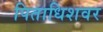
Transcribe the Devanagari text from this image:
पिताधिशवर